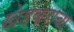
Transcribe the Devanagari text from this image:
खेडकरांचा